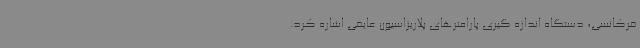
فرکانسی، دستگاه اندازه گیری پارامترهای پلاریزاسیون عایقی اشاره کرد.